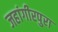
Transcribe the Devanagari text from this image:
जहांगीरपुरा